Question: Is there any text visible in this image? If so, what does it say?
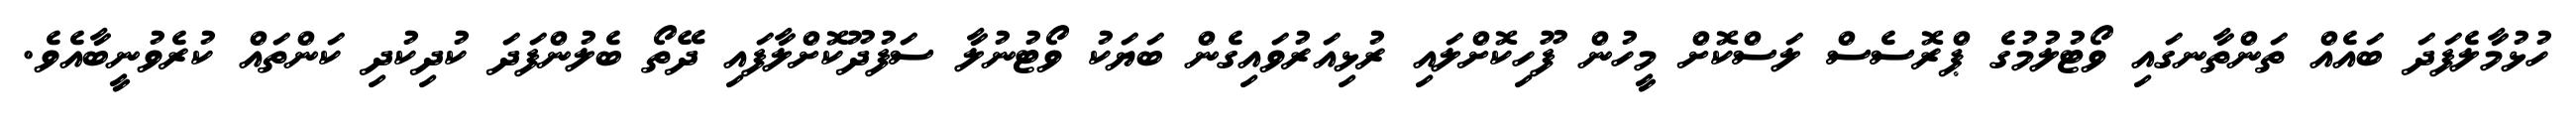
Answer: ހުޅުމާލެފަދަ ބައެއް ތަންތާނގައި ވޯޓުލުމުގެ ޕްރޮސެސް ލަސްކޮށް މީހުން ފޫހިކޮށްލައި ރުޅިއަރުވައިގެން ބަޔަކު ވޯޓުނުލާ ސަފުދޫކޮށްލާފައި ދޭތޯ ބެލުންފަދަ ކުދިކުދި ކަންތައް ކުރެވުނީބާއެވެ.